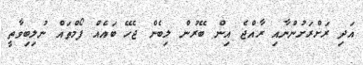
އަދި ރަށްރަށުންނާއި ރާއްޖެ އިން ބޭރުން ލިބެން ޖެހޭ ބައެއް ފޯމްތައް ނުލިބިވާތީ